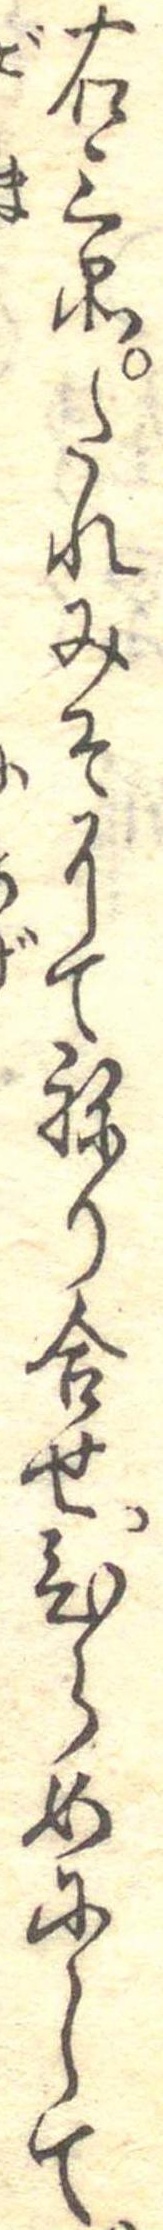
右三品たれみそにてねり合せひらめにして